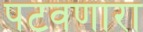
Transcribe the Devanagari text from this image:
पटवणारा